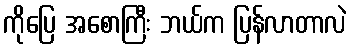
ကိုပြေ အစောကြီး ဘယ်က ပြန်လာတာလဲ